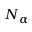
N _ { \alpha }